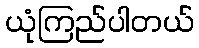
ယုံကြည်ပါတယ်